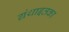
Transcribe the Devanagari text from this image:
ग्रंथाइतका